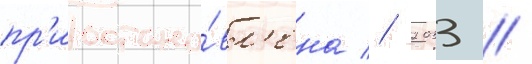
пр'иостано́вл'ена // 2033 //